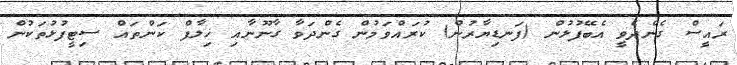
ރައީސް ގެންދެވީ އެބޭފުޅުން (ފަނޑިޔާރުން) ކުރައްވަމުން ގެންދަވާ ގާނޫނާއި ޚިލާފް ކަންތައް ސިޓީފުޅުތަކުން